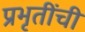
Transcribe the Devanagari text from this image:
प्रभृतींची